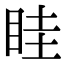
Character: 眭